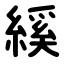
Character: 縘